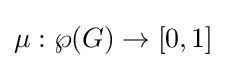
\mu :\wp (G)\to [0,1]